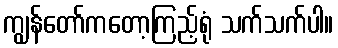
ကျွန်တော်ကတော့ကြည့်ရုံ သက်သက်ပါ။